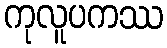
ကုလူပကဿ